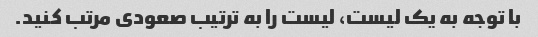
با توجه به یک لیست، لیست را به ترتیب صعودی مرتب کنید.